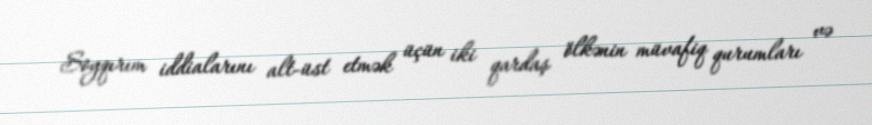
Soyqırım iddialarını alt-üst etmək üçün iki qardaş ölkənin müvafiq qurumları və